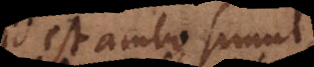
id est ambo simul